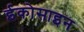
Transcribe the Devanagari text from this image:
ईकोसाइन